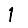
Digit: 1